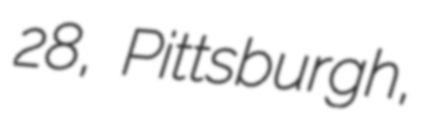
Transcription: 28, Pittsburgh,